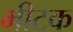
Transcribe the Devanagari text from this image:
मीटक